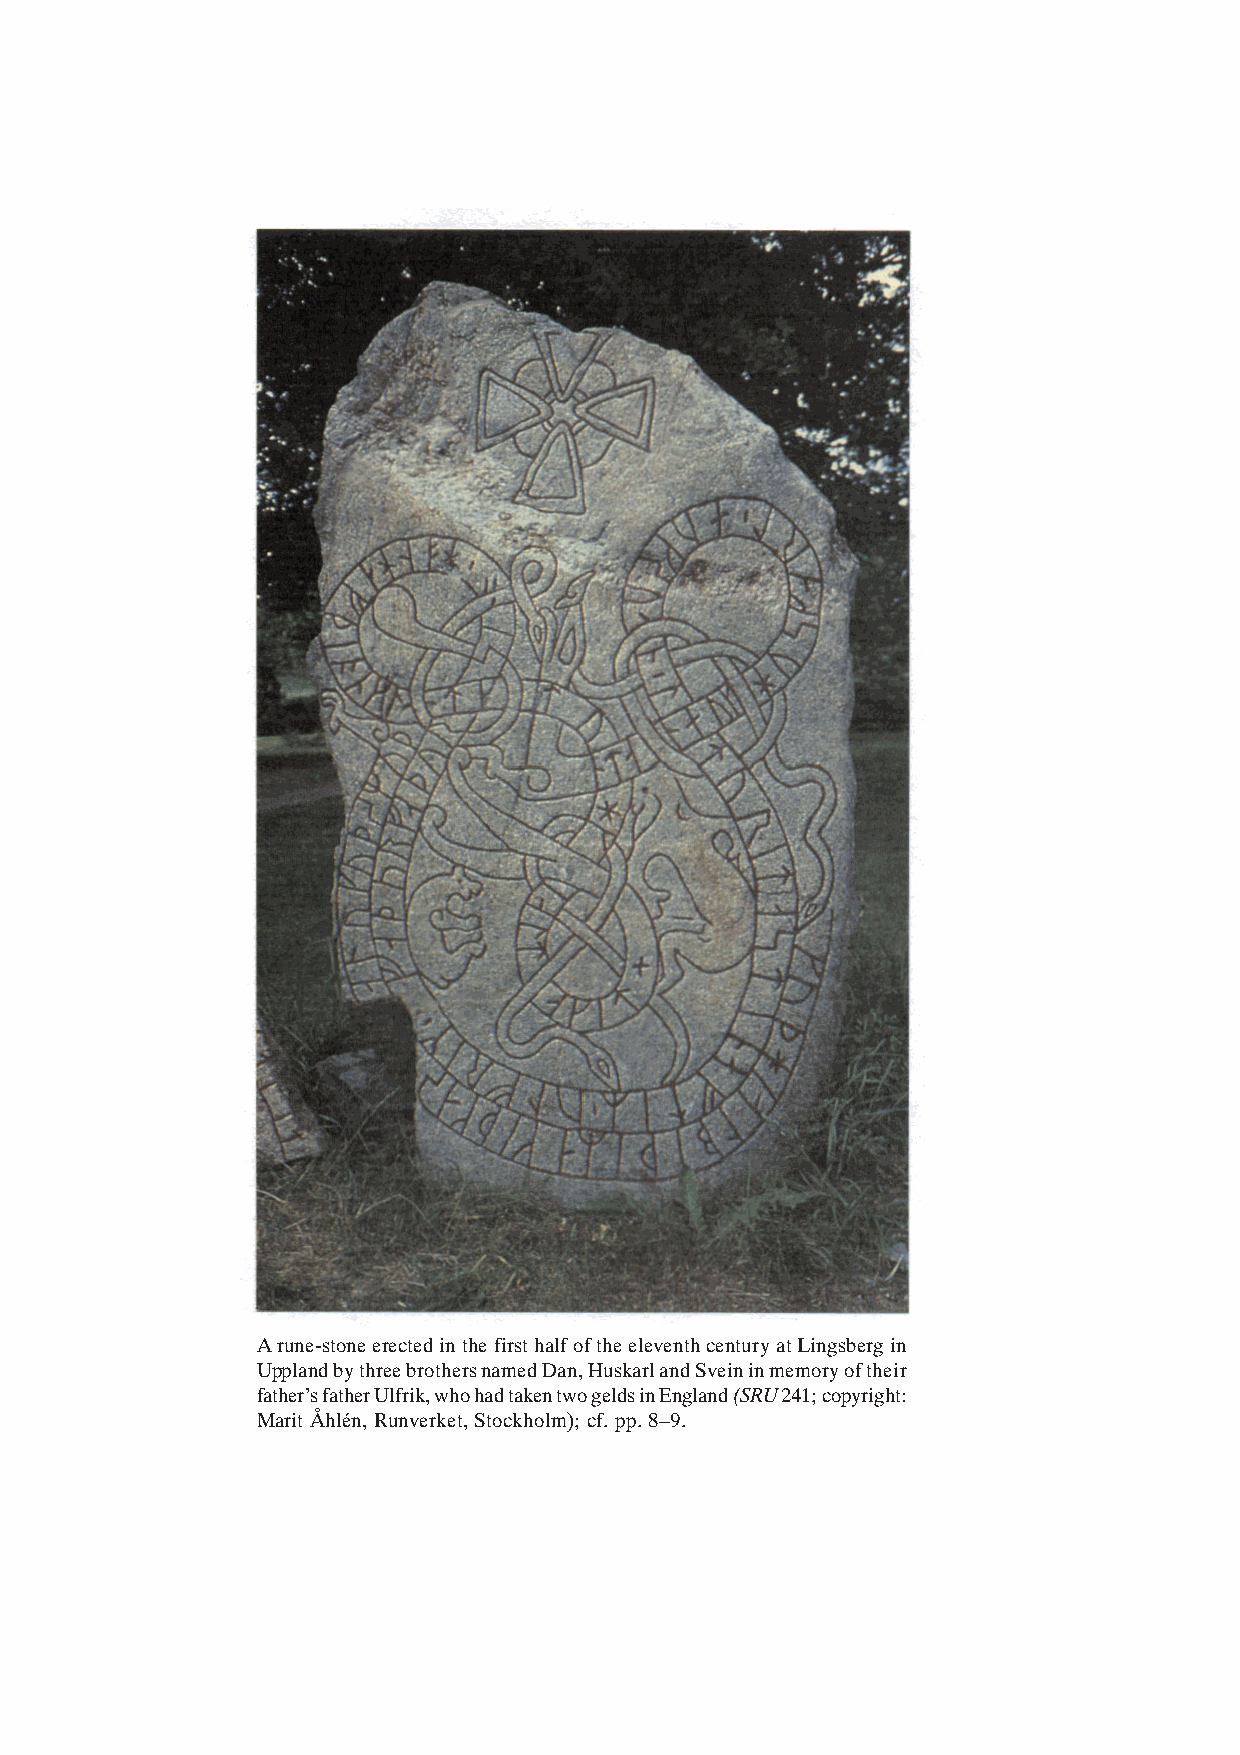
THE VERDICT OF THE NAMES
 A rune-stone erected in the first half of the eleventh century at Lingsberg in
 Uppland by three brothers named Dan, Huskarl and Svein in memory of their
 father’s father Ulfrik, who had taken two gelds in England (SRU 241; copyright:
 9
 Marit Åhlén, Runverket, Stockholm); cf. pp. 8–9.